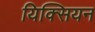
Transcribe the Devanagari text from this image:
यिक्सियन